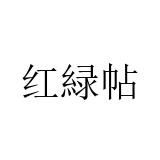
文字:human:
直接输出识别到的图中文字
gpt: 红緑帖